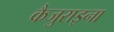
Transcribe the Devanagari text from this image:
कैजुराइना